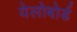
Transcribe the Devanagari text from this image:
येलोबोर्ड